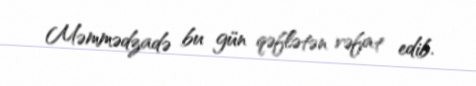
Məmmədzadə bu gün qəflətən vəfat edib.